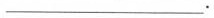
___.